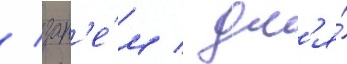
/ зат'е́м / дл'я́